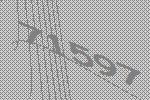
71597